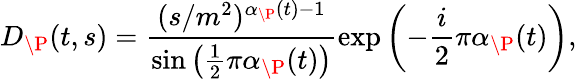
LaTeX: D_{\P}(t,s)=\frac{(s/m^{2})^{\alpha_{\P}(t)-1}}{\sin\left(\frac{1}{2}\pi\alpha_{\P}(t)\right)}\exp\left(-\frac{i}{2}\pi\alpha_{\P}(t)\right),